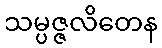
သမ္ပဇ္ဇလိတေန